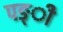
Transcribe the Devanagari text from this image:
पङ्ी